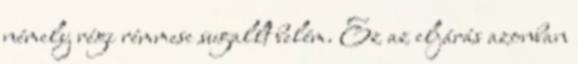
némely régi rémmese sugallt belém. Ez az eljárás azonban